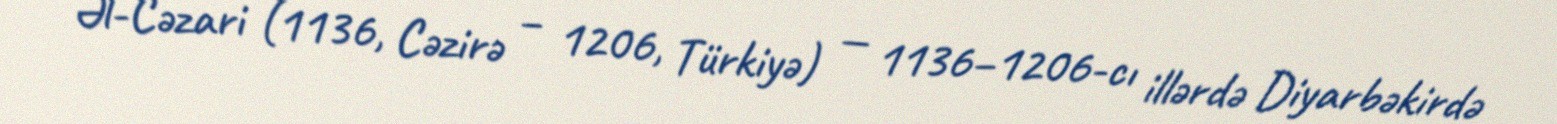
Əl-Cəzari (1136, Cəzirə – 1206, Türkiyə) — 1136–1206-cı illərdə Diyarbəkirdə